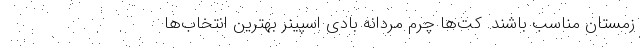
زمستان مناسب باشند. کت‌ها چرم مردانه بادی اسپینر بهترین انتخاب‌ها